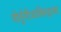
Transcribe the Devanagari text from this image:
पोर्तुगीजांविरुद्धच्या